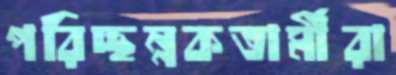
পরিচ্ছন্নকতার্মীরা